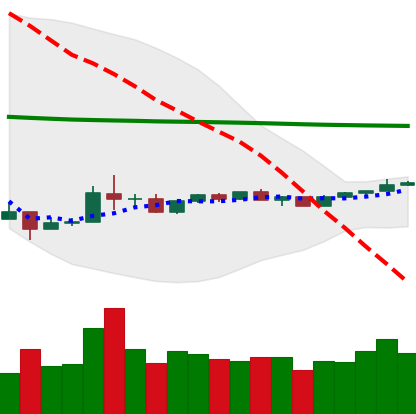
Ticker: ADA-USD
Chart end date: 2020-04-03
Forward return: 12.445%
Label: up_7plus